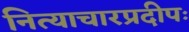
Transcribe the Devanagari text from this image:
नित्याचारप्रदीपः